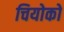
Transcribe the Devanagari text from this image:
चियोको